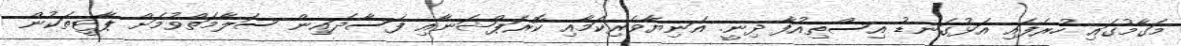
މަގާމުގައި ހުރެފައި އަޅުގަނޑު އިސްތިއުފާ ދިނީ. އަނިޔާވެރިކަމާއި ކޮރަޕްޝަނާއި ފަސާދައިން ސަލާމަތްވުމަށް ޕާޓީތަކުން